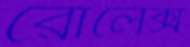
রোলেক্স